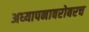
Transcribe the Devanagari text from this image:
अध्‍यापनाबरोबरच